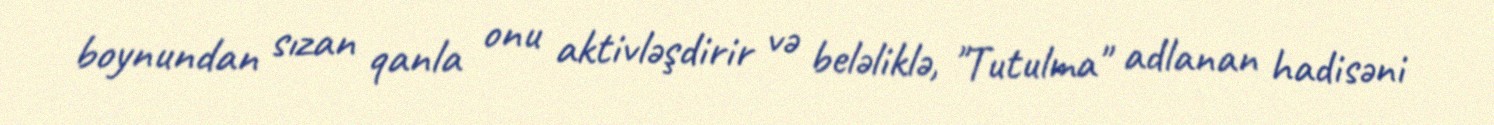
boynundan sızan qanla onu aktivləşdirir və beləliklə, "Tutulma" adlanan hadisəni